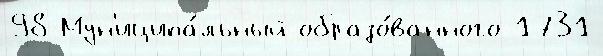
98 Мун'иципа́льный образо́ванного 1731